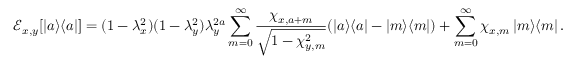
\mathcal { E } _ { x , y } [ \left| a \middle > \middle < a \right| ] = ( 1 - \lambda _ { x } ^ { 2 } ) ( 1 - \lambda _ { y } ^ { 2 } ) \lambda _ { y } ^ { 2 a } \sum _ { m = 0 } ^ { \infty } \frac { \chi _ { x , a + m } } { \sqrt { 1 - \chi _ { y , m } ^ { 2 } } } ( \left| a \middle > \middle < a \right| - \left| m \middle > \middle < m \right| ) + \sum _ { m = 0 } ^ { \infty } \chi _ { x , m } \left| m \middle > \middle < m \right| .